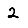
Digit: 2